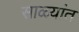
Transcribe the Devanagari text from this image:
साळ्यांत